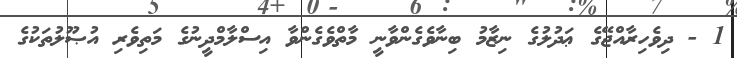
1 - ދިވެހިރާއްޖޭގެ ޢަދުލުގެ ނިޒާމު ބިނާވެގެންވާނީ މާތްވެގެންވާ އިސްލާމްދީނުގެ މަތިވެރި އުޞޫލުތަކުގެ